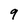
Character: 9